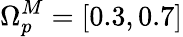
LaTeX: \Omega_{p}^{M}=[0.3,0.7]